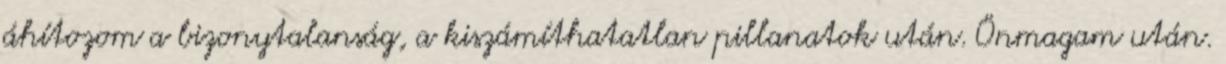
áhítozom a bizonytalanság, a kiszámíthatatlan pillanatok után. Önmagam után.